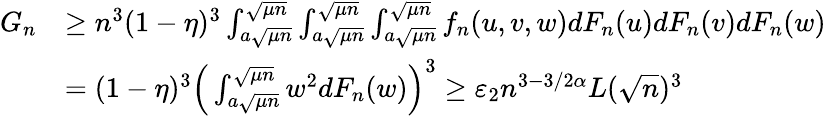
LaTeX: \begin{array}{rl}{G_{n}}&{\geq n^{3}(1-\eta)^{3}\int_{a\sqrt{\mu n}}^{\sqrt{\mu n}}\int_{a\sqrt{\mu n}}^{\sqrt{\mu n}}\int_{a\sqrt{\mu n}}^{\sqrt{\mu n}}f_{n}(u,v,w)dF_{n}(u)dF_{n}(v)dF_{n}(w)}\\ &{=(1-\eta)^{3}\Big(\int_{a\sqrt{\mu n}}^{\sqrt{\mu n}}w^{2}dF_{n}(w)\Big)^{3}\geq\varepsilon_{2}n^{3-3/2\alpha}L(\sqrt{n})^{3}}\end{array}